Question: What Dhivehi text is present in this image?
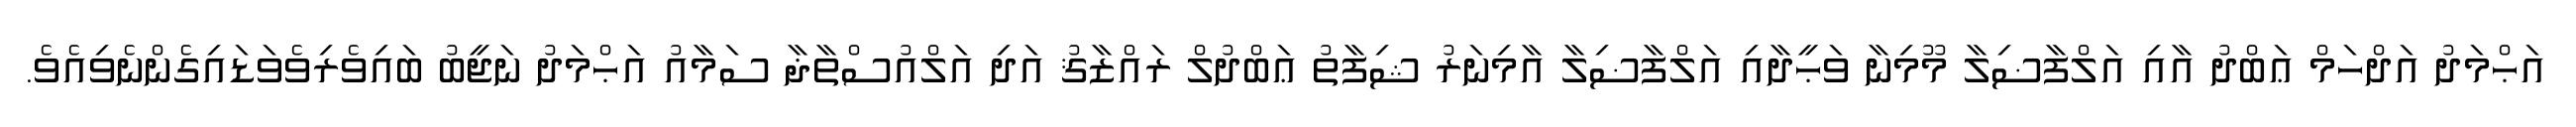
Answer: އަޙްމަދު އަދްހަމް ޢަބްދު އާއި އަލްފާޟިލާ މޫމިނާ ވަޙީދާއި އަލްފާޟިލާ އާމިނަރު ޝިފާތު ޢަބްދުލް ރައްޒާޤު އަދި އަލްއުސްތާޛާ ސަމާއު އަޙްމަދު ނަޖީބު ބައިވެރިވެވަޑައިގެންނެވިއެވެ.